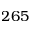
2 6 5